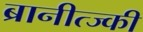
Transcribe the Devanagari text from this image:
ब्रानीत्ज्की